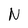
Character: N